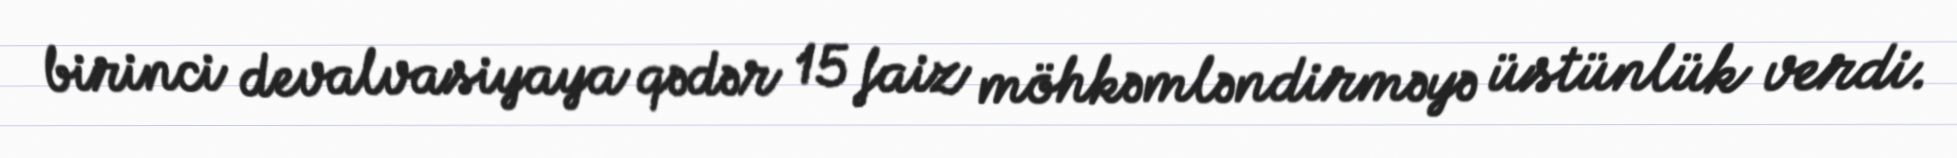
birinci devalvasiyaya qədər 15 faiz möhkəmləndirməyə üstünlük verdi.